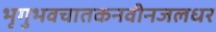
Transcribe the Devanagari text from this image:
भृगुभवचातकनवीनजलधर